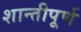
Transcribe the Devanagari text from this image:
शान्तीपूर्ण